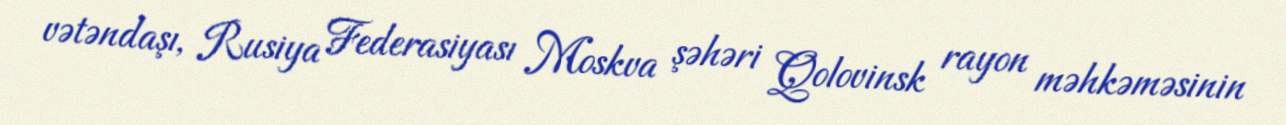
vətəndaşı, Rusiya Federasiyası Moskva şəhəri Qolovinsk rayon məhkəməsinin